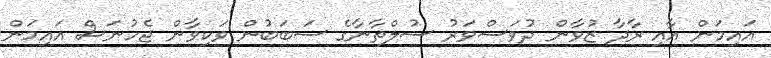
އައިމަން އާއި ރާދާ ޒުވާން ދުވަސްވަރު ސުލްތާނާގެ ސަބަބުން ވަކިވާން ޖެހުނަސް އައިމަން